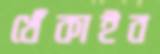
খেঁকাইব